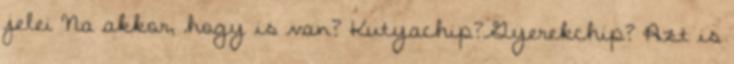
jelei Na akkor, hogy is van? Kutyachip?Gyerekchip? Azt is